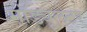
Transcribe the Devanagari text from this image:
मॉड्यूलेटर